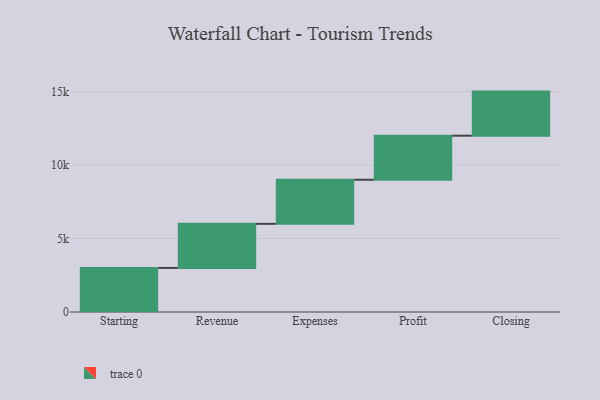
{"axis": {"x": "Step", "y": "Value"}, "legend": [""], "data": [{"x": "Starting", "y": 3000, "type": ""}, {"x": "Revenue", "y": 3000, "type": ""}, {"x": "Expenses", "y": 3000, "type": ""}, {"x": "Profit", "y": 3000, "type": ""}, {"x": "Closing", "y": 3000, "type": ""}]}